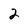
Character: 2